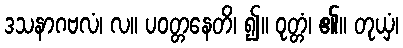
ဒသနာဂဗလံ၊ လ။ ပဝတ္တနေတိ၊ ၍။ ဝုတ္တံ၊ ၏။ တုယှံ၊